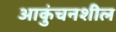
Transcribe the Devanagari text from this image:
आकुंचनशील